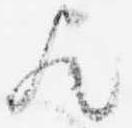
歟